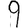
Digit: 9